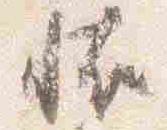
恠